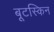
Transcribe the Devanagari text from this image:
बूटस्किन